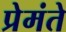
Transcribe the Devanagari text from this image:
प्रेमंते